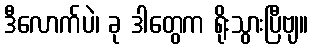
ဒီလောက်ပဲ၊ ခု ဒါတွေက ရိုးသွားပြီဗျ။